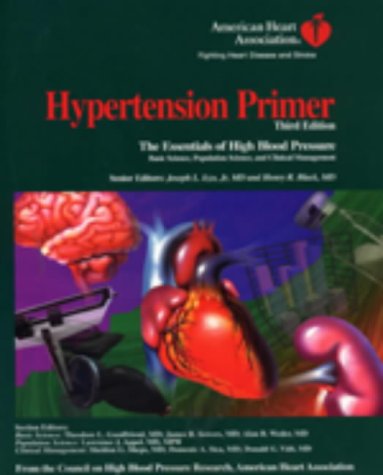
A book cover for Hypertension Primer: The Essentials of High Blood Pressure; Health, Fitness & Dieting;